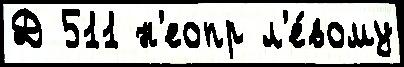
Д 511 н'еопр л'е́вому